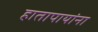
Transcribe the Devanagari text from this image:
हातापायांना